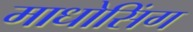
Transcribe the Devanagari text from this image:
माधोसिंग